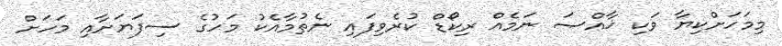
މިމަހަށްކިޔާ ވަކި ޚާއްޞަ ނަމެއް ރިކޯޑް ކުރެވިފައި ނެތުމާއެކު މަހުގެ ސިފަޔަށާއި މަހަށް